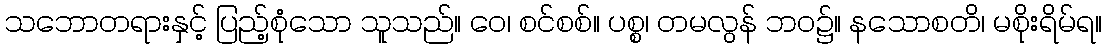
သဘောတရားနှင့် ပြည့်စုံသော သူသည်။ ဝေ၊ စင်စစ်။ ပစ္စ၊ တမလွန် ဘဝ၌။ နသောစတိ၊ မစိုးရိမ်ရ။